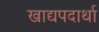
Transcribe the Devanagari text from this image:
खाद्यपदार्था